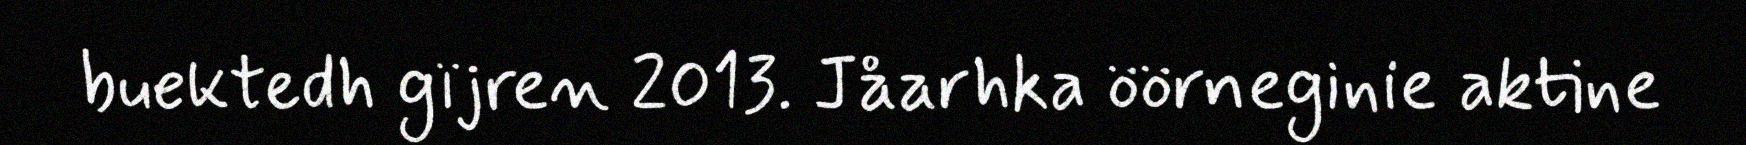
buektedh gïjren 2013. Jåarhka öörneginie aktine